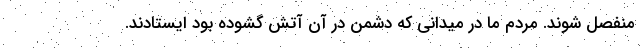
منفصل شوند. مردم ما در میدانی که دشمن در آن آتش گشوده بود ایستادند.